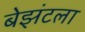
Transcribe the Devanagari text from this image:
बेझंटला